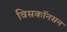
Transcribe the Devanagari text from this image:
विसकॉनसन